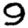
Digit: 9